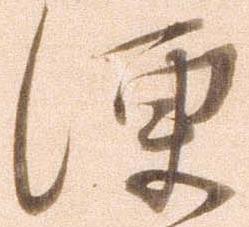
便